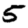
Digit: 5